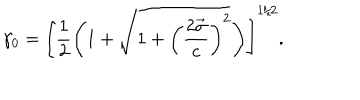
LaTeX: \gamma _ { 0 } = \left[ \frac { 1 } { 2 } \left( 1 + \sqrt { 1 + \left( \displaystyle \frac { 2 \vec { \sigma } } { c } \right) ^ { 2 } } \right) \right] ^ { 1 / 2 } .